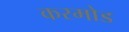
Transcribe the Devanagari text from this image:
करमोड